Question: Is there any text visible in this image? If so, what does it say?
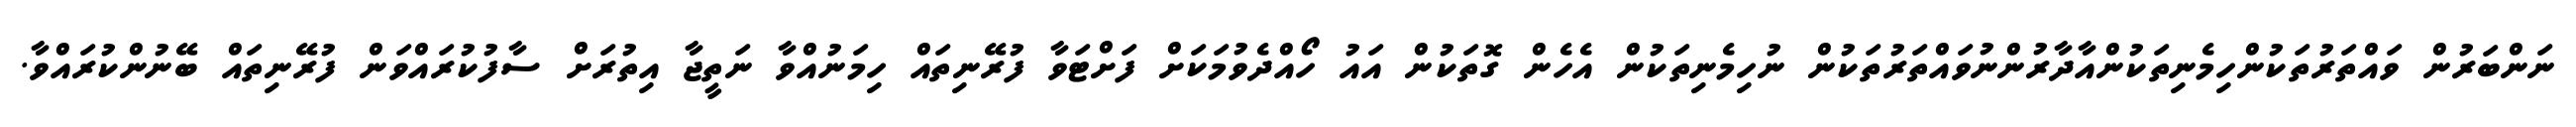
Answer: ނަންބަރުން ވައްތަރުތަކުންހިމެނިތަކުންއާދާރުންނުވައްތަރުތަކުން ނުހިމެނިތަކުން އެހެން ގޮތަކުން އައު ހޯއްދެވުމަކަށް ފަށްޓަވާ ފުރޭނިތައް ހިމަނުއްވާ ނަތީޖާ އިތުރަށް ސާފުކުރައްވަން ފުރޭނިތައް ބޭނުންކުރައްވާ.